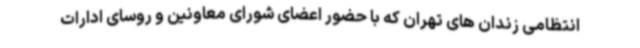
انتظامی زندان های تهران که با حضور اعضای شورای معاونین و روسای ادارات